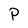
Character: P